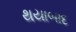
થયાબાદ